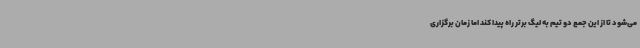
می‌شود تا از این جمع دو تیم به لیگ برتر راه پیدا کند اما زمان برگزاری